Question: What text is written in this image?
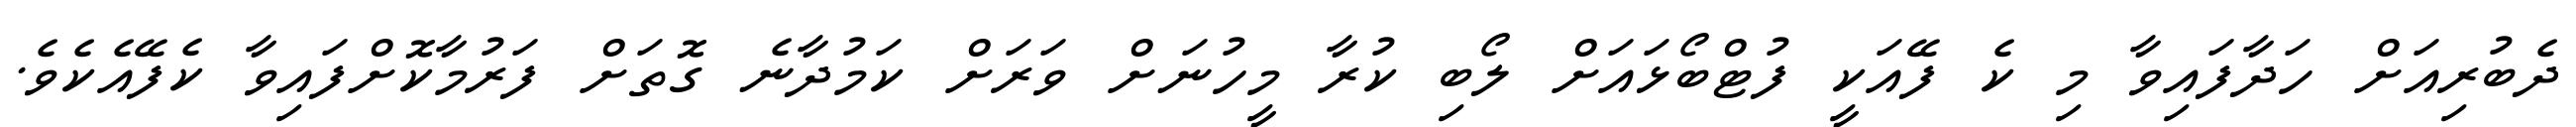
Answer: ދެބުރިއަށް ހަދާފައިވާ މި ކެ ފޭއަކީ ފުޓްބޯޅައަށް ލޯބި ކުރާ މީހުނަށް ވަރަށް ކަމުދާނެ ގޮތަށް ފަރުމާކޮށްފައިވާ ކެފޭއެކެވެ.